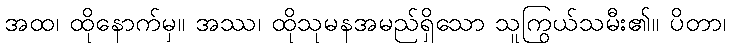
အထ၊ ထိုနောက်မှ။ အဿ၊ ထိုသုမနအမည်ရှိသော သူကြွယ်သမီး၏။ ပိတာ၊